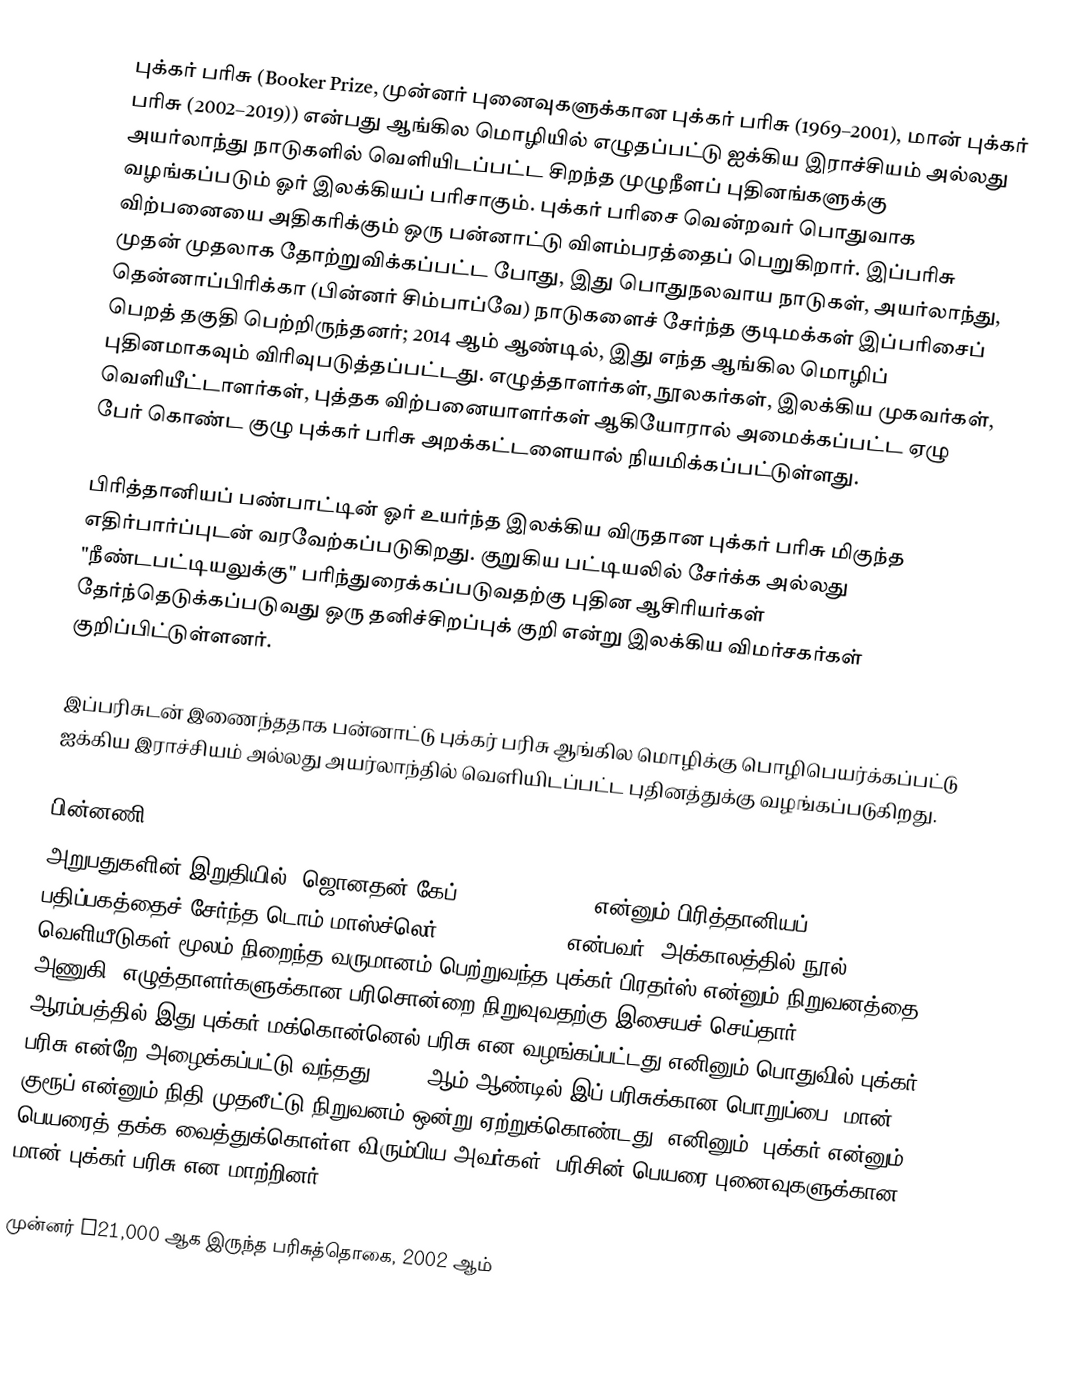
புக்கர் பரிசு (Booker Prize, முன்னர் புனைவுகளுக்கான புக்கர் பரிசு (1969–2001), மான் புக்கர் பரிசு (2002–2019)) என்பது ஆங்கில மொழியில் எழுதப்பட்டு ஐக்கிய இராச்சியம் அல்லது அயர்லாந்து நாடுகளில் வெளியிடப்பட்ட சிறந்த முழுநீளப் புதினங்களுக்கு வழங்கப்படும் ஓர் இலக்கியப் பரிசாகும். புக்கர் பரிசை வென்றவர் பொதுவாக விற்பனையை அதிகரிக்கும் ஒரு பன்னாட்டு விளம்பரத்தைப் பெறுகிறார். இப்பரிசு முதன் முதலாக தோற்றுவிக்கப்பட்ட போது, இது பொதுநலவாய நாடுகள், அயர்லாந்து, தென்னாப்பிரிக்கா (பின்னர் சிம்பாப்வே) நாடுகளைச் சேர்ந்த குடிமக்கள் இப்பரிசைப் பெறத் தகுதி பெற்றிருந்தனர்; 2014 ஆம் ஆண்டில், இது எந்த ஆங்கில மொழிப் புதினமாகவும் விரிவுபடுத்தப்பட்டது. எழுத்தாளர்கள், நூலகர்கள், இலக்கிய முகவர்கள், வெளியீட்டாளர்கள், புத்தக விற்பனையாளர்கள் ஆகியோரால் அமைக்கப்பட்ட ஏழு பேர் கொண்ட குழு புக்கர் பரிசு அறக்கட்டளையால் நியமிக்கப்பட்டுள்ளது.

பிரித்தானியப் பண்பாட்டின் ஓர் உயர்ந்த இலக்கிய விருதான புக்கர் பரிசு மிகுந்த எதிர்பார்ப்புடன் வரவேற்கப்படுகிறது. குறுகிய பட்டியலில் சேர்க்க அல்லது "நீண்டபட்டியலுக்கு" பரிந்துரைக்கப்படுவதற்கு புதின ஆசிரியர்கள் தேர்ந்தெடுக்கப்படுவது ஒரு தனிச்சிறப்புக் குறி என்று இலக்கிய விமர்சகர்கள் குறிப்பிட்டுள்ளனர்.

இப்பரிசுடன் இணைந்ததாக பன்னாட்டு புக்கர் பரிசு ஆங்கில மொழிக்கு பொழிபெயர்க்கப்பட்டு ஐக்கிய இராச்சியம் அல்லது அயர்லாந்தில் வெளியிடப்பட்ட புதினத்துக்கு வழங்கப்படுகிறது.

பின்னணி
அறுபதுகளின் இறுதியில், ஜொனதன் கேப் (Jonathan Cape) என்னும் பிரித்தானியப் பதிப்பகத்தைச் சேர்ந்த டொம் மாஸ்ச்லெர் (Tom Maschler) என்பவர், அக்காலத்தில் நூல் வெளியீடுகள் மூலம் நிறைந்த வருமானம் பெற்றுவந்த புக்கர் பிரதர்ஸ் என்னும் நிறுவனத்தை அணுகி, எழுத்தாளர்களுக்கான பரிசொன்றை நிறுவுவதற்கு இசையச் செய்தார். ஆரம்பத்தில் இது புக்கர்-மக்கொன்னெல் பரிசு என வழங்கப்பட்டது எனினும் பொதுவில் புக்கர் பரிசு என்றே அழைக்கப்பட்டு வந்தது. 2002 ஆம் ஆண்டில் இப் பரிசுக்கான பொறுப்பை, மான் குரூப் என்னும் நிதி முதலீட்டு நிறுவனம் ஒன்று ஏற்றுக்கொண்டது. எனினும், புக்கர் என்னும் பெயரைத் தக்க வைத்துக்கொள்ள விரும்பிய அவர்கள், பரிசின் பெயரை புனைவுகளுக்கான மான் புக்கர் பரிசு என மாற்றினர்.

முன்னர் £21,000 ஆக இருந்த பரிசுத்தொகை, 2002 ஆம்